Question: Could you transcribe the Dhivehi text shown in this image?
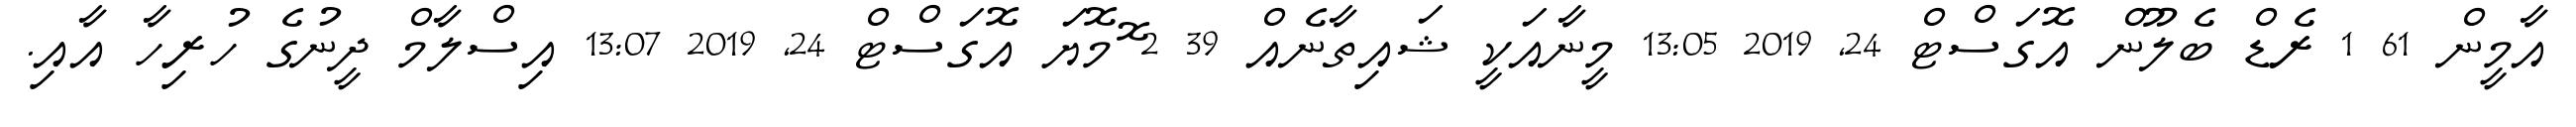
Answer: އާމީން 61 1 ރެޑް ބެލޫން އޮގަސްޓް 24, 2019 13:05 މީނާއަކީ ޝައިތާނެއް 39 2 ޮމޮޔަ އޮގަސްޓް 24, 2019 13:07 އިސްލާމް ދީނުގެ ހުރިހާ އާއި.